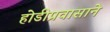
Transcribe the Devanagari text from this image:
होडीप्रवासाने